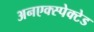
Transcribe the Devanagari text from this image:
अनएक्स्पेक्टेड